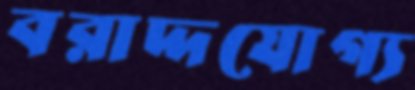
বরাদ্দযোগ্য